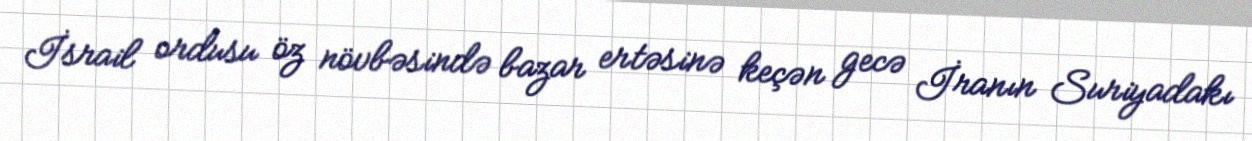
İsrail ordusu öz növbəsində bazar ertəsinə keçən gecə İranın Suriyadakı